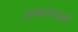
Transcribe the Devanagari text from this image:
रामदासासी